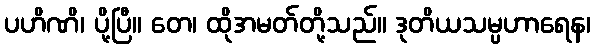
ပဟိဏိ၊ ပို့ပြီ။ တေ၊ ထိုအမတ်တို့သည်။ ဒုတိယသမ္ပဟာရေန၊